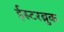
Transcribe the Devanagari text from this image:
ईस्टरब्रुक